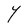
Character: Y